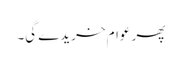
پھر عوام خریدے گی۔